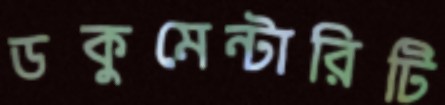
ডকুমেন্টারিটি